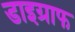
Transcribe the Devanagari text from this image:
डाइग्राफ